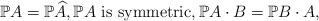
LaTeX: \begin{align*} {\mathbb P} A = {\mathbb P} \widehat{A}, {\mathbb P} A \ \hbox{is symmetric}, {\mathbb P} A \cdot B = {\mathbb P} B \cdot A,\end{align*}